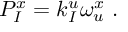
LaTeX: { P } _ { I } ^ { x } = k _ { I } ^ { u } \omega _ { u } ^ { x } \ .